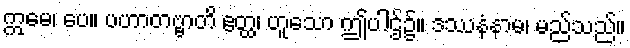
ဣမေ၊ ပေ။ ပဟာတဗ္ဗာတိ ဧတ္ထ၊ ဟူသော ဤပါဌ်၌။ ဒဿနံနာမ၊ မည်သည်။